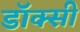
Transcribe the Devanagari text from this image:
डॉक्सी